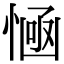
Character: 𢞊